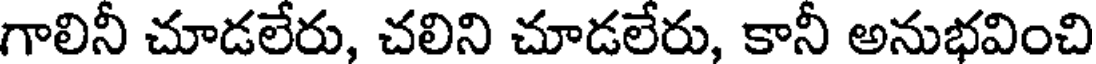
గాలినీ చూడలేరు, చలిని చూడలేరు, కానీ అనుభవించి